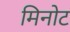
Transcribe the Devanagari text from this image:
मिनोट